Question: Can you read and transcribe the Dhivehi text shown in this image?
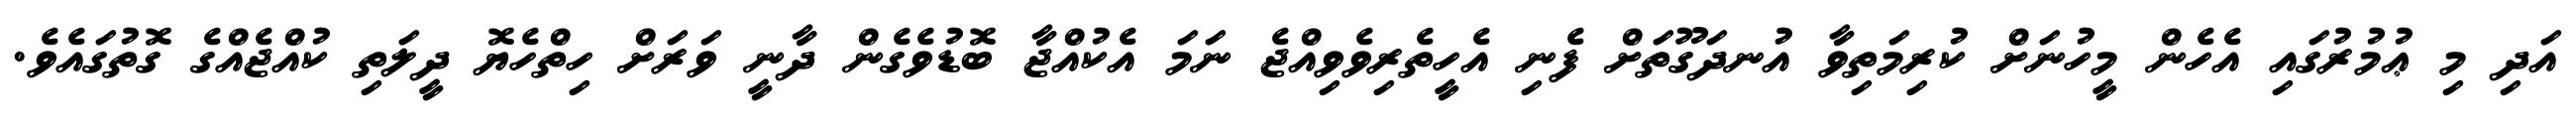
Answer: އަދި މި ޢުމުރުގައި އެހެން މީހުނަށް ކުރިމަތިވާ އުނދަގޫތަށް ފެނި އެހީތެރިވެވިއްޖެ ނަމަ އެކުއްޖާ ބޮޑުވެގެން ދާނީ ވަރަށް ހިތްހެޔޮ ދީލަތި ކުއްޖެއްގެ ގޮތުގައެވެ.